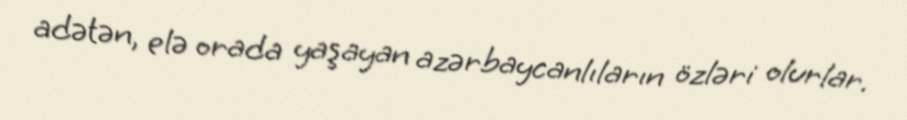
adətən, elə orada yaşayan azərbaycanlıların özləri olurlar.